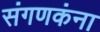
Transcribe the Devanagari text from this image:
संगणकंना